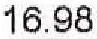
16.98